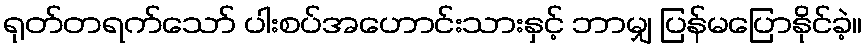
ရုတ်တရက်သော် ပါးစပ်အဟောင်းသားနှင့် ဘာမျှ ပြန်မပြောနိုင်ခဲ့။